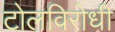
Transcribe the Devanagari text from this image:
टोलविरोधी